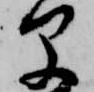
早